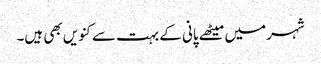
شہر میں میٹھے پانی کے بہت سے کنویں بھی ہیں۔